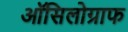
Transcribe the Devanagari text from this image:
ऑसिलोग्राफ